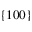
\{ 1 0 0 \}